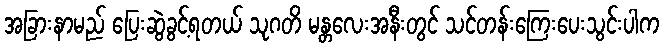
အခြားနာမည် ပြေးဆွဲခွင့်ရတယ် သုဂတိ မန္တလေးအနီးတွင် သင်တန်းကြေးပေးသွင်းပါက